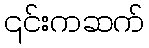
၎င်းကဆက်